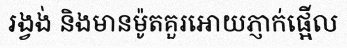
រង្វង់ និងមានម៉ូតគួរអោយភ្ញាក់ផ្អើល